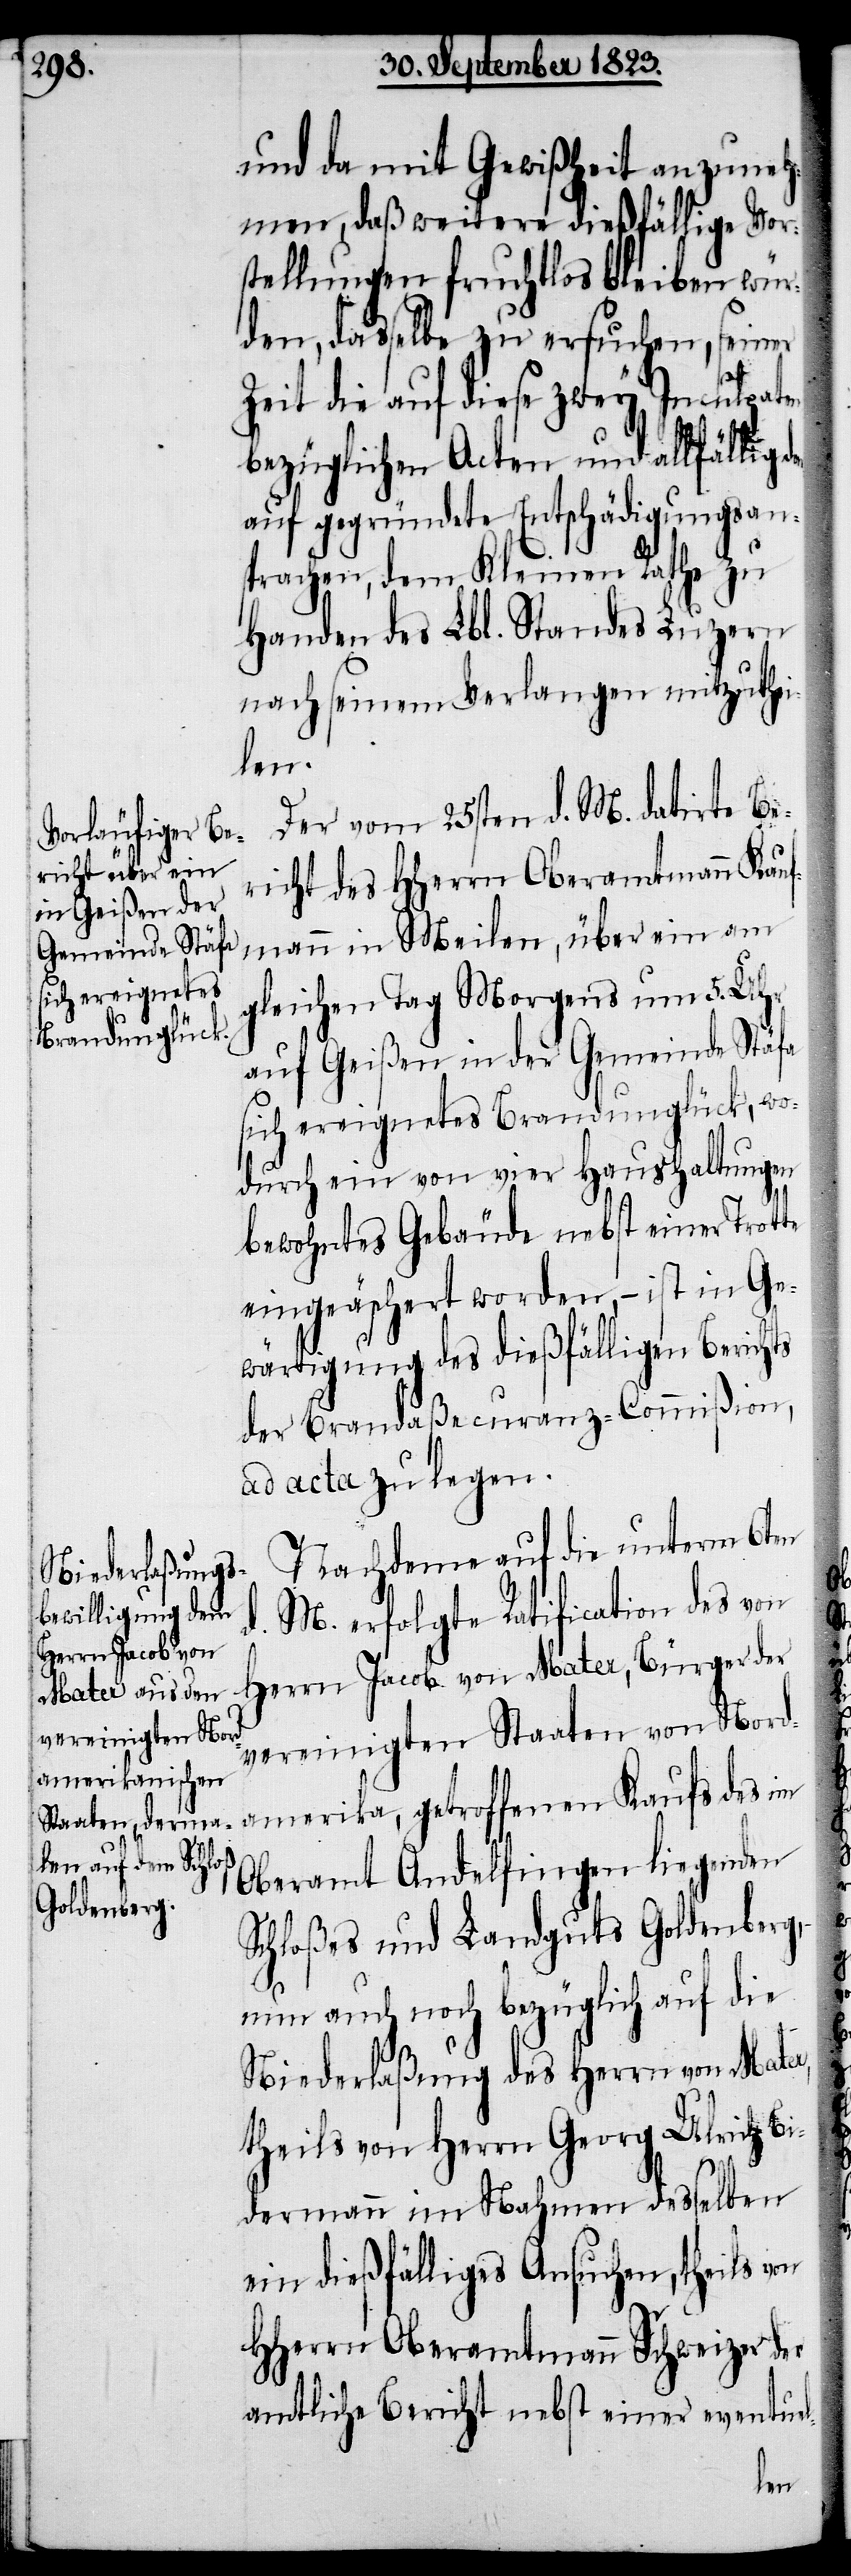
te

und da mit Gewißheit anzuneh¬
men, daß weitere dießfällige Vor¬
stellungen fruchtlos bleiben wür¬
den, dasselbe zu ersuchen, seiner
Zeit die auf diese zwey Inculpat¬
bezüglichen Acten und allfällig
auf gegründete Entschädigungsan¬
sprachen, dem Kleinen Rathe zu
Handen des Lbl. Standes Luzern
nach seinem Verlangen mitzuthei¬
len.
Der vom 25sten d. M. datirte Be¬
richt des HHerrn Oberamtmann Kauf¬
mann in Meilen, über ein am
gleichen Tag Morgens um 5. Uhr
auf Geißen in der Gemeinde Stäfa
sich ereignetes Brandunglück, wo¬
durch ein von vier Haushaltungen
bewohntes Gebäude nebst einer Trot¬
eingeäschert worden, − ist in Ge¬
wärtigung des dießfälligen Berichts
der Brandaßecuranz-Commißion,
ad acta zu legen.
Nachdeme auf die unterm 6ten
M. erfolgte Ratification des von
Herrn Jacob von Mater, Bürger der
vereinigten Staaten von Nord¬
amerika, getroffenen Kaufs des im
Oberamt Andelfingen liegenden
Schloßes und Landguts Goldenberg,
nun auch noch bezüglich auf die
Niederlaßung des Herrn von Mater,
theils von Herrn Georg Ulrich Bi¬
dermann im Nahmen desselben
ein dießfälliges Ansuchen, theils von
HHerrn Oberamtmann Schweizer der
amtliche Bericht nebst einer eventu¬
el-